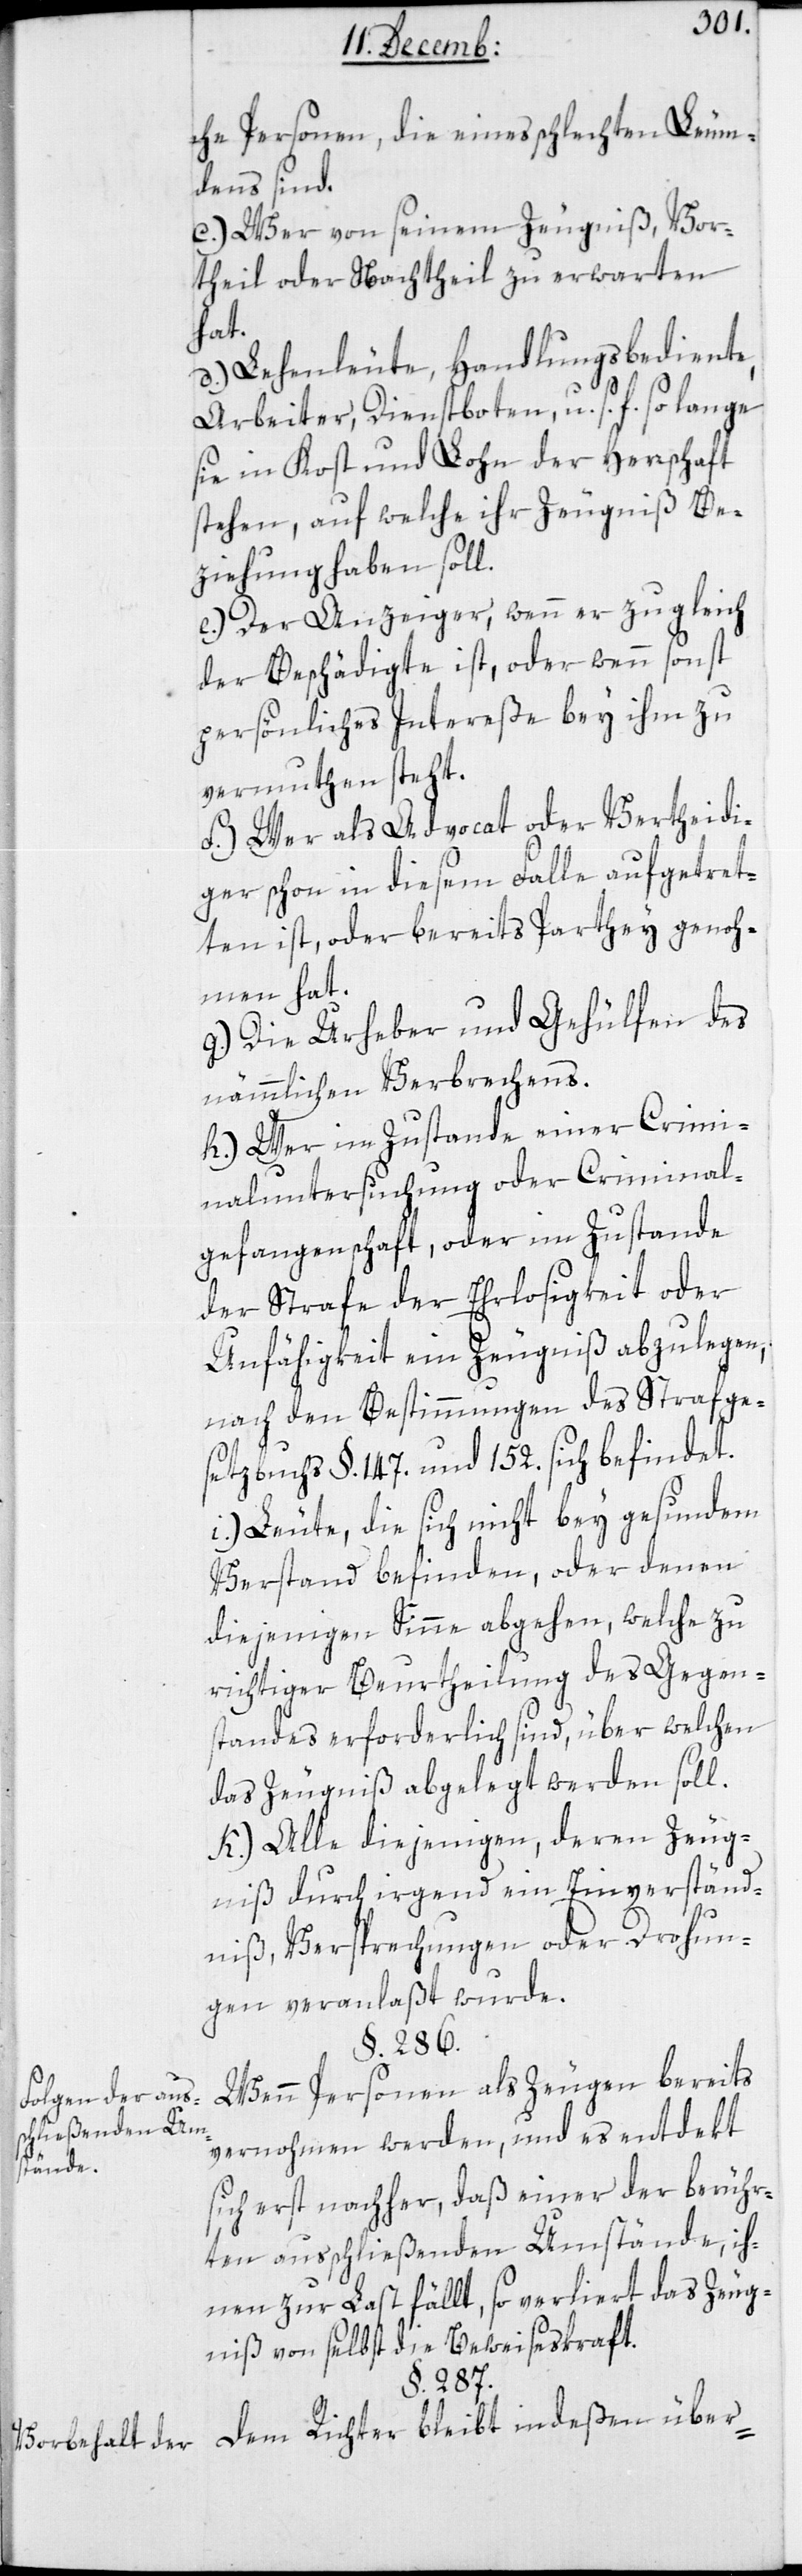
Folgen der aus¬
schließenden Um¬
stände.
Vorbehalt der

che Personen, die eines schlechten Leum¬
dens sind.
c.) Wer von seinem Zeugniß Vor¬
theil oder Nachtheil zu erwarten
hat.
d.) Lehenleute, Handlungsbediente,
Arbeiter, Dienstboten u. s. f., so lange
sie in Kost und Lohn der Herrschaft
stehen, auf welche ihr Zeugniß Be¬
ziehung haben soll.
e.) Der Anzeiger, wenn er zugleich
der Beschädigte ist, oder wenn sonst
persönliches Intereße bey ihm zu
vermuthen steht.
f.) Wer als Advocat oder Vertheidi¬
ger schon in diesem Falle aufgetre¬
ten ist, oder bereits Parthey genoh¬
men hat.
g.) Die Urheber und Gehülfen des
nämmlichen Verbrechens.
h.) Wer im Zustande einer Crimi¬
naluntersuchung oder Criminal¬
gefangenschaft, oder im Zustande
der Strafe der Ehrlosigkeit oder
Unfähigkeit ein Zeugniß abzulegen,
nach den Bestimmungen des Strafge¬
setzbuchs §. §. 147. und 152. sich befindet.
i.) Leute, die sich nicht bey gesundem
Verstand befinden, oder denen
diejenigen Sinne abgehen, welche zu
richtiger Beurtheilung des Gegen¬
standes erforderlich sind, über welchen
das Zeugniß abgelegt werden soll.
k.) Alle diejenigen, deren Zeug¬
nis durch irgend ein Einverständ¬
niß, Versprechungen oder Drohun¬
gen veranlaßt wurde.
§. 286.
Wenn Personen als Zeugen bereits
vernohmen werden, und es entdekt
sich erst nachher, daß einer der berühr¬
ten ausschließenden Umstände, ih¬
nen zur Last fällt, so verliert das Zeug¬
niß von selbst die Beweiseskraft.
§. 287.
Dem Richter bleibt indeßen über-